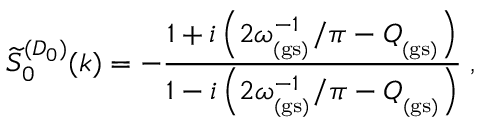
\widetilde { S } _ { 0 } ^ { ( D _ { 0 } ) } ( k ) = - \frac { 1 + i \left( 2 \omega _ { _ \mathrm { ( g s ) } } ^ { - 1 } / \pi - Q _ { _ \mathrm { ( g s ) } } \right) } { 1 - i \left( 2 \omega _ { _ \mathrm { ( g s ) } } ^ { - 1 } / \pi - Q _ { _ \mathrm { ( g s ) } } \right) } \; ,